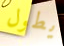
يطول